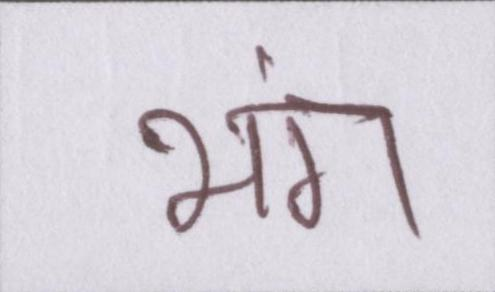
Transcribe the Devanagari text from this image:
भंग